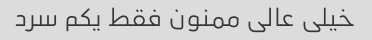
خیلی عالی ممنون فقط یکم سرد